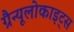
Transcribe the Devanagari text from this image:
ग्रैन्यूलोकाइट्स